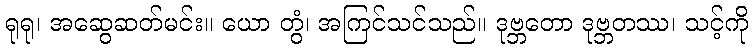
ရုရု၊ အဆွေဆတ်မင်း။ ယော တွံ၊ အကြင်သင်သည်။ ဒုဗ္ဘတော ဒုဗ္ဘတဿ၊ သင့်ကို